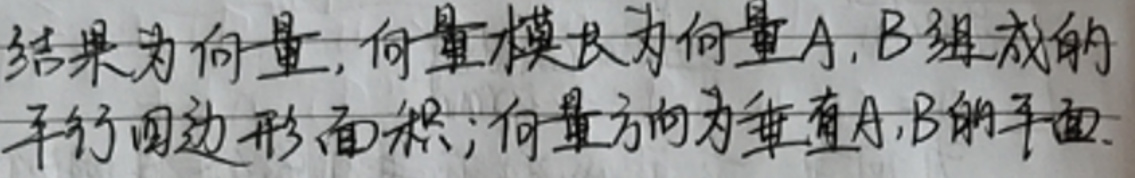
结果为向量，向量模长为向量\(\vec{A}\)，\(\vec{B}\)组成的平行四边形面积；向量方向为垂直\(\vec{A}\)，\(\vec{B}\)的平面。